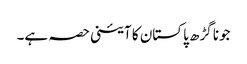
جونا گڑھ پاکستان کا آئینی حصہ ہے۔